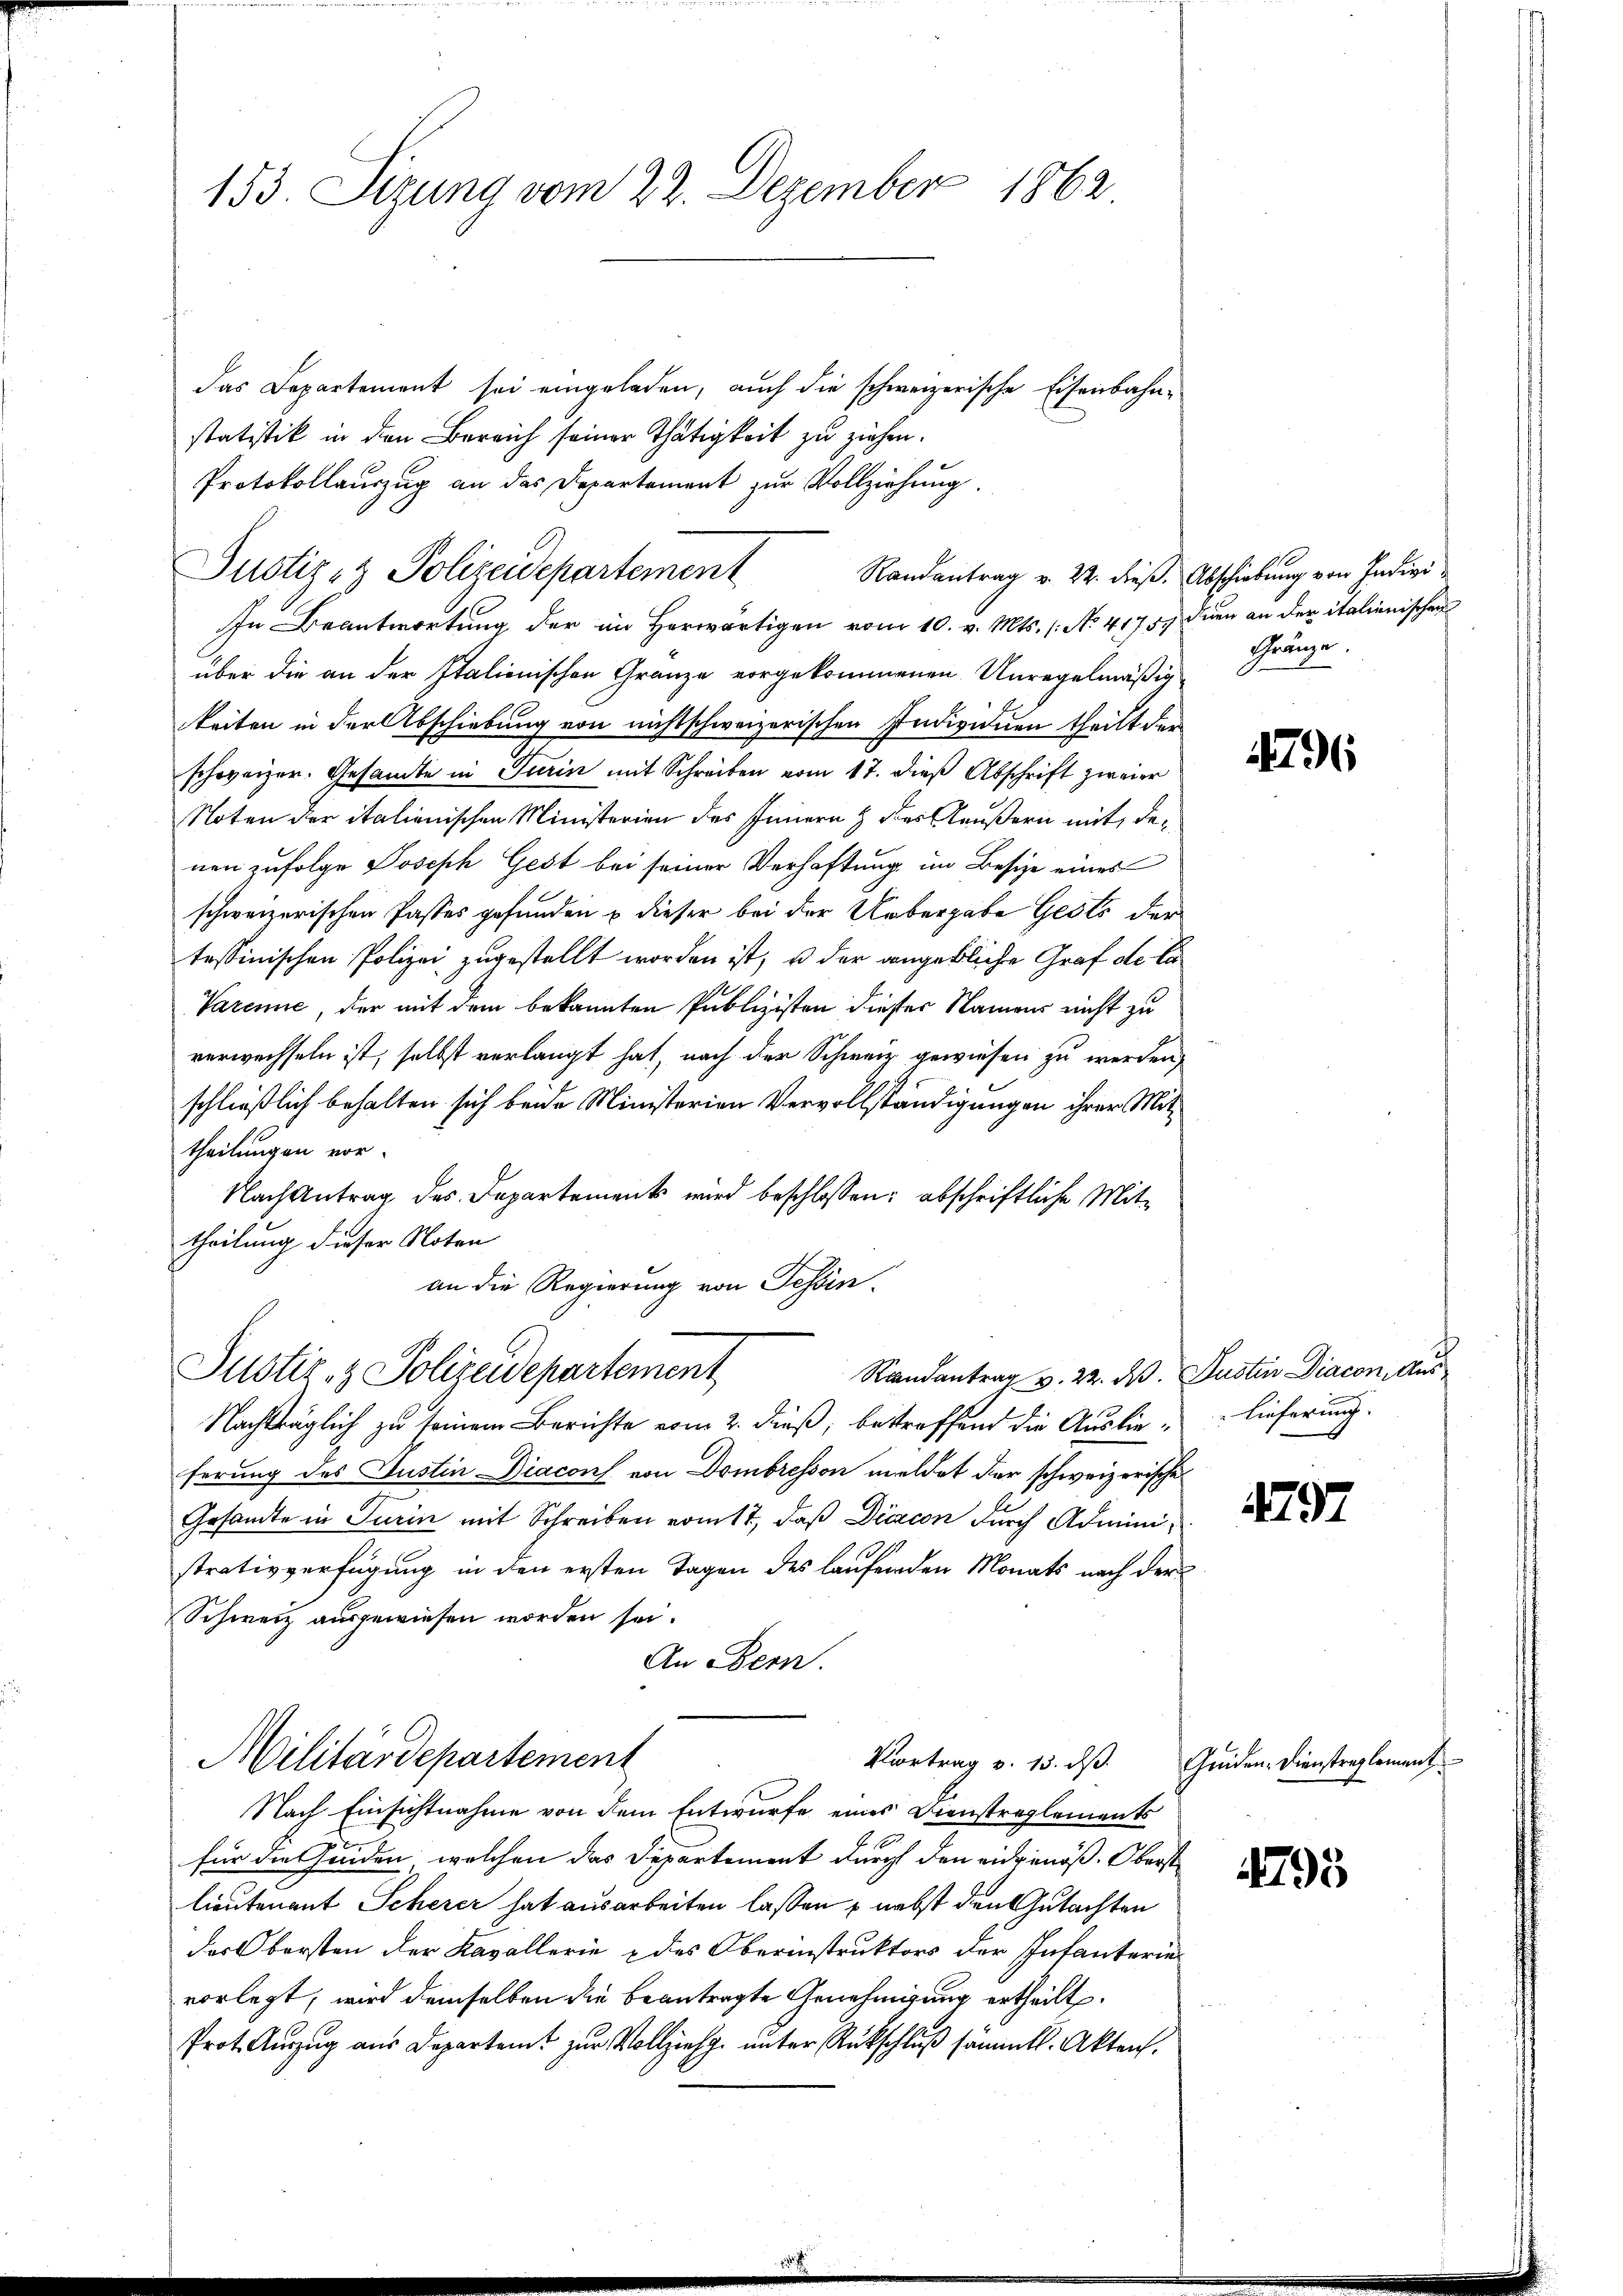
1862
153. Sizung vom 22. Dezember

das Departement sei eingeladen, auch die schweizerische Eisenbahn-
statistik in den Bereich seiner Thätigkeit zu ziehen.
Protokollauszug an das Departement zur Vollziehung.
In Beantwortung der im herwärtigen vom 10. v. Mts. (: No 41757 dien an der italienischen
über die an der Italienischen Granze vorgekommenen Unregelmäßig
keiten in der Abschiebung von nichtschweizerischen Individuen theilt der
schweizer. Gesamte in Turin mit Schreiben vom 17. dieß Abschrift zweier
Noten der italienischen Ministerien des Innern & des äußern mit, denen zufolge Joseph Gest bei seiner Verhaftung im Besize eines
schweizerischen Pastes gefunden & dieser bei der Uebergabe Gests der
tessinischen Polizei zugestellt worden ist, u der angebliche Graf de li
Varemie, der mit dem bekannten Publizisten dieser Namens nicht zu
verwechseln ist, selbst verlangt hat, nach der Schweiz gewiesen zu werden,
schließlich behalten sich beide Ministerien Vervollständigungen ihrer Mittheilungen vor.
Nach Antrag des Departements wird beschlossen: abschriftliche Mit-
theilung dieser Noten
an die Regierung von Tessin.
Justiz- & Polizeidepartement
Randantrag v. 22. d. Justin Diacon, Aus
Nachträglich zu seinem Berichte vom 2. dieß, bestreffend die Auslie lieferung.
ferung des Justin Diacon von Dombresson meldet der schweizerische
Gesandte in Turin mit Schreiben vom 17, daß Diacon durch Administrativverfügung in den ersten Tagen des laufenden Monats nach der
Schweiz ausgewiesen worden sei.
An Bern.
Militärdepartement
Vortrag v. 13. ds.
Nach Einsichtnahme von dem Entwurfe eines Dienstreglements
für die Geden, welchen das Departement durch den eidgenöß. Oberst
lieutenant Scherer hat ausarbeiten lassen & nebst den Gutachten
der Obersten der Kavallerie & des Oberinstruktors der Infanterievorlegt, wird demselben die beantragte Genehmigung ertheilt.
Prot. Aŭszŭg aŭs Departamt zŭr Vollziehg ŭnter Rückschlŭβ sämmtl. Akten.

Justiz- & Polizeidepartement

Randantrag v. 22. dieß. Abschiebung von Indivi

Gränze.

796

497

Geden. Dienstreglement

4795